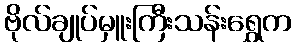
ဗိုလ်ချုပ်မှူးကြီးသန်းရွှေက